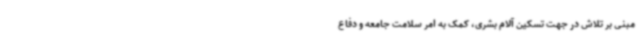
مبنی بر تلاش در جهت تسکین آلام بشری، کمک به امر سلامت جامعه و دفاع